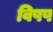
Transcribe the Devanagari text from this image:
विषष